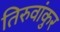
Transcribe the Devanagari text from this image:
तिरुवांकुर